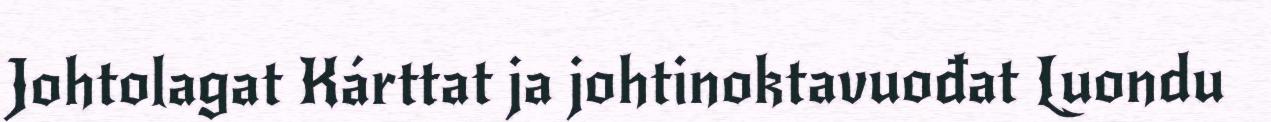
Johtolagat Kárttat ja johtinoktavuođat Luondu